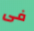
فى